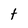
Character: t